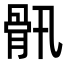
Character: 𩨖